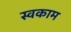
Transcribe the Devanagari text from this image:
स्वकाम